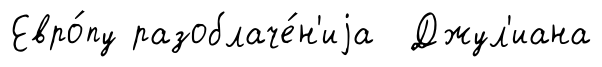
Евро́пу разоблаче́н'иjа Джул'иана